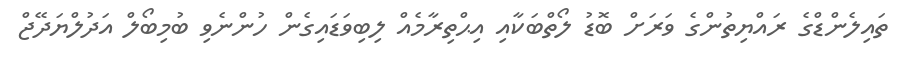
ތައިލެންޑްގެ ރައްޔިތުންގެ ވަރަށް ބޮޑު ލޯތްބަކާއި އިޙްތިރާމެއް ލިބިވަޑައިގެން ހުންނެވި ބުމިބޯލް އަދުލްޔަދޭޖް